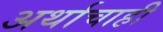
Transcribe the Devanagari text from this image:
अर्थाचाही